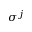
\sigma ^ { j }